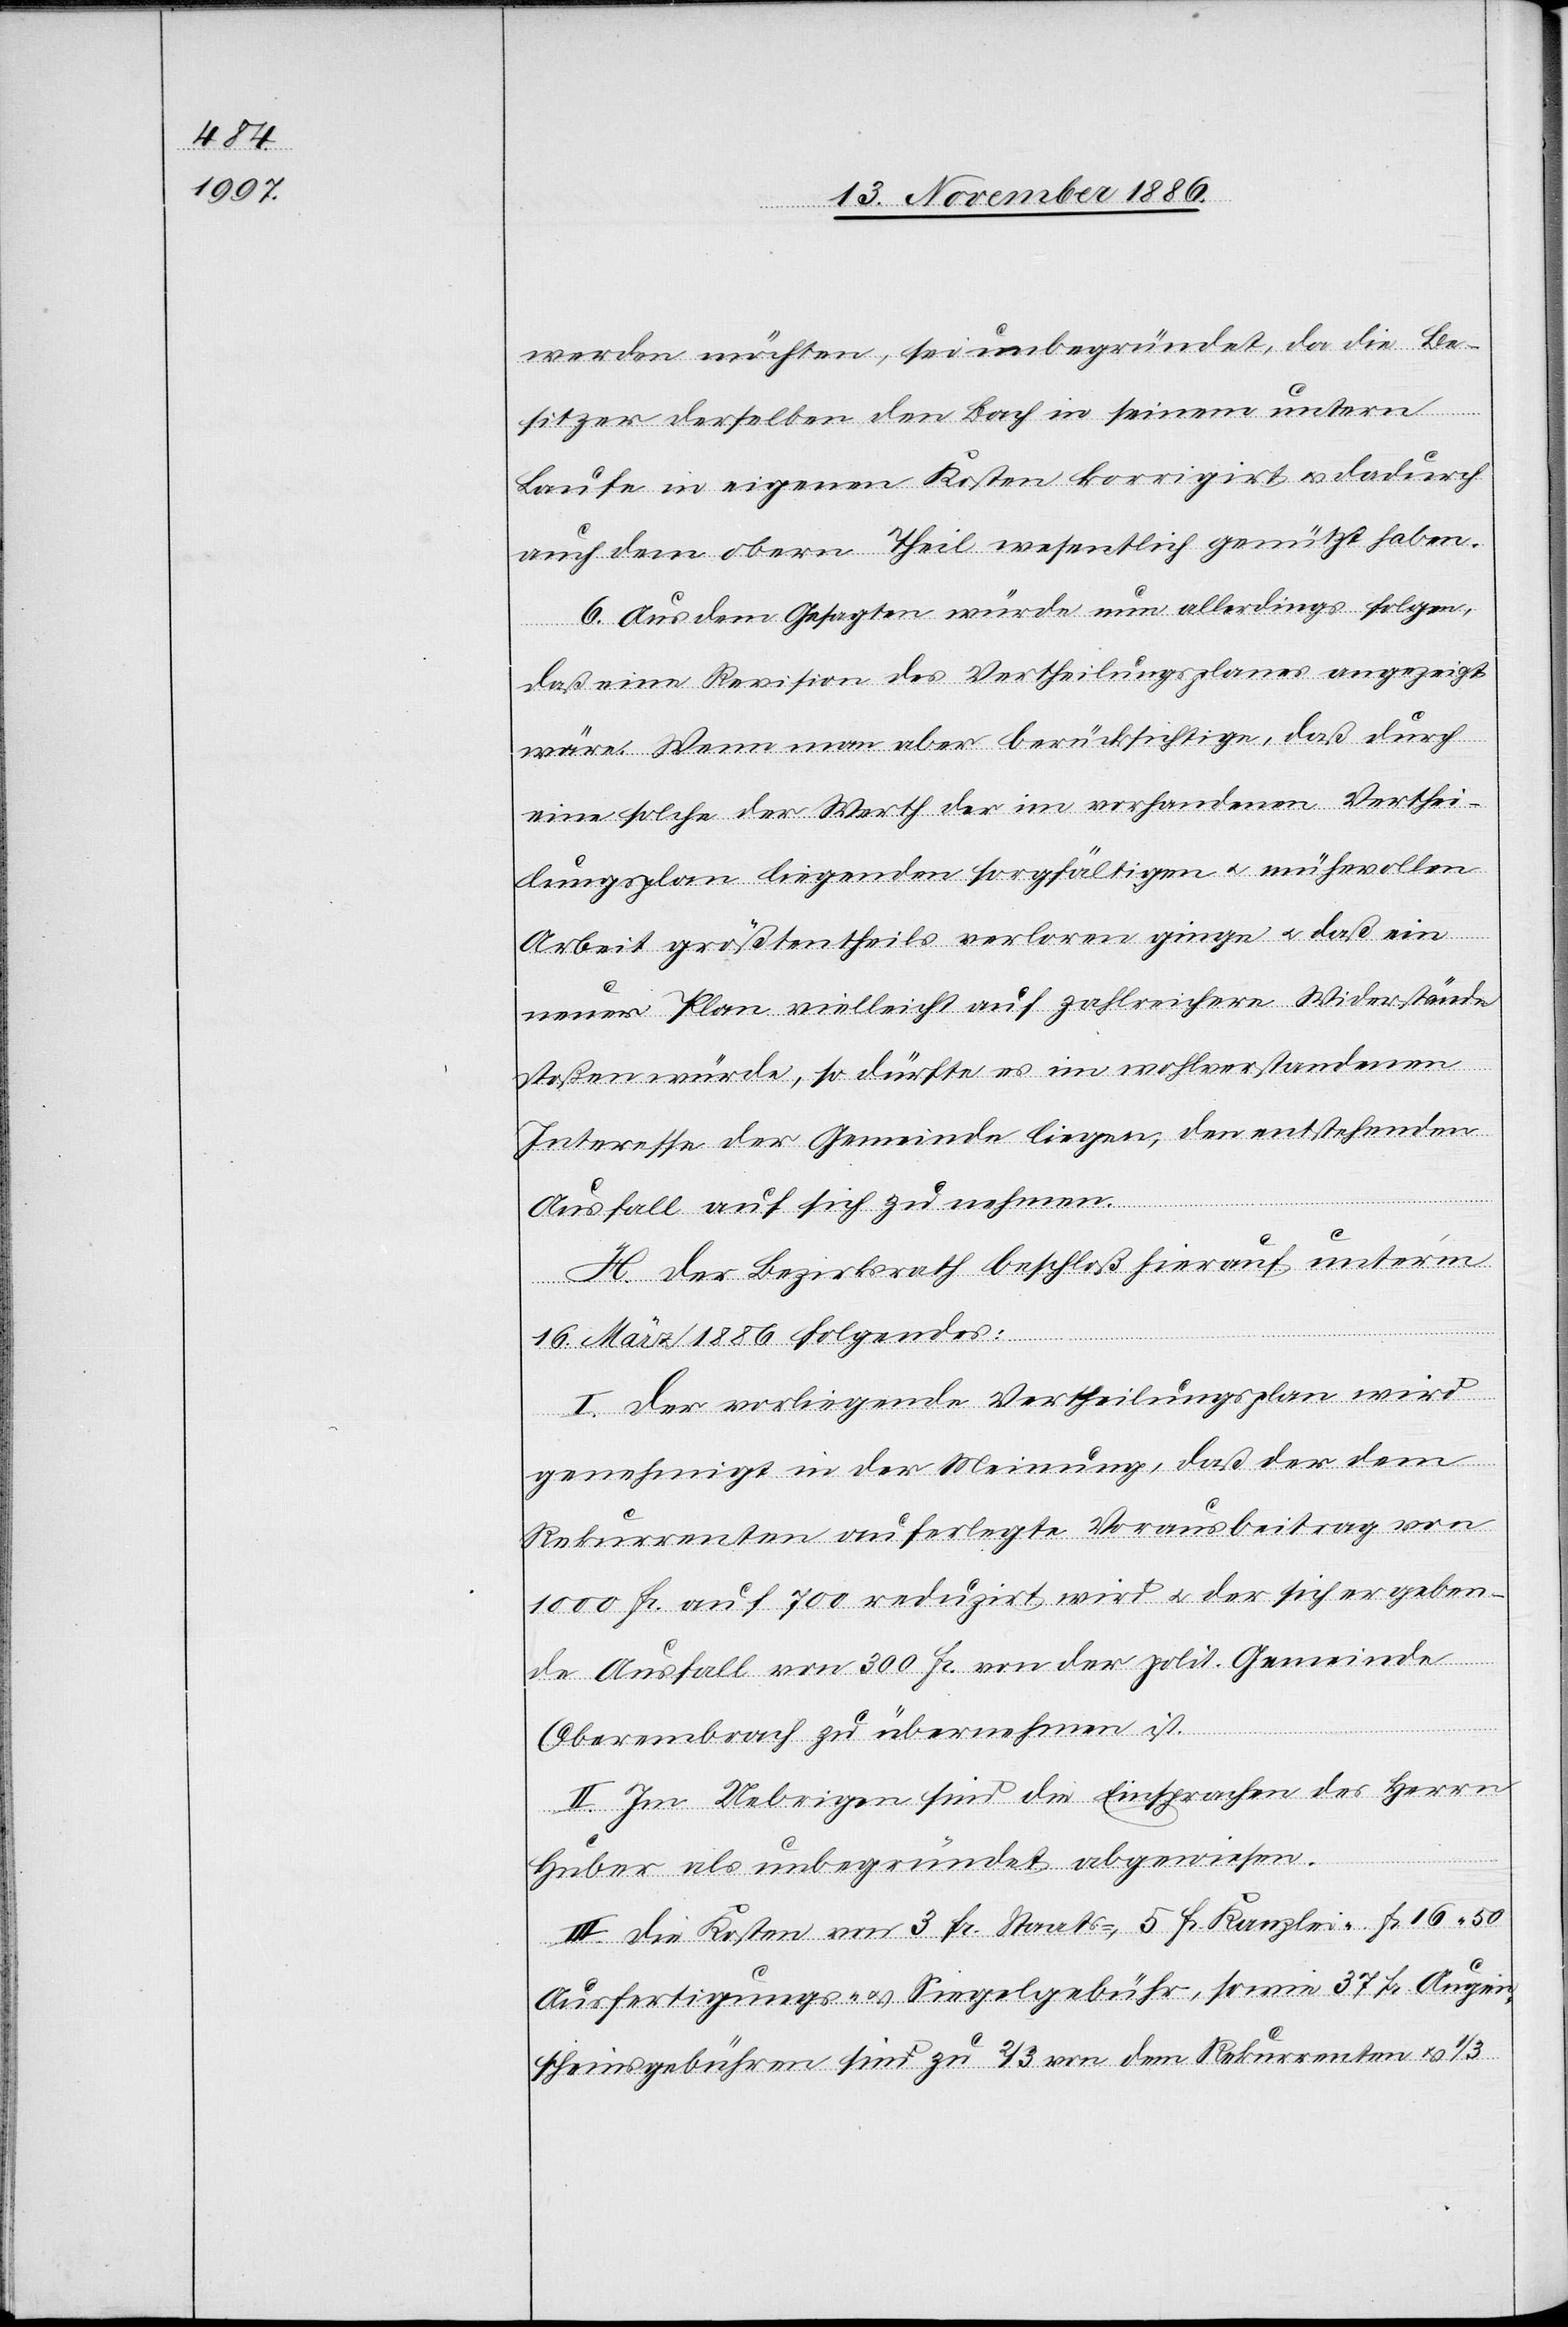
werden möchten, sei unbegründet, da die Be¬
sitzer derselben den Bach in seinem untern
Laufe in eigenen Kosten korrigirt & dadurch
auch dem obern Theil wesentlich genützt haben.
6. Aus dem Gesagten würde nun allerdings folgen,
daß eine Revision des Vertheilungsplanes angezeigt
wäre. Wenn man aber berücksichtige, daß durch
eine solche der Werth der im vorhandenen Verthei¬
lungsplan liegenden sorgfältigen & mühevollen
Arbeit größtentheils verloren ginge & daß ein
neuer Plan vielleicht auf zahlreichere Widerstände
stoßen würde, so dürfte es im wohlverstandenen
Interesse der Gemeinde liegen, den entstehenden
Ausfall auf sich zu nehmen.
H. Der Bezirksrath beschloß hierauf unter’m
16. März 1886 folgendes:
I. Der vorliegende Vertheilungsplan wird
genehmigt in der Meinung, daß der dem
Rekurrenten auferlegte Vorausbeitrag von
1000 Fr. auf 700 reduzirt wird & der sich ergeben¬
de Ausfall von 300 Fr. von der polit. Gemeinde
Oberembrach zu übernehmen ist.
II. Im Uebrigen sind die Einsprachen des Herrn
Huber als unbegründet abgewiesen.
III. Die Kosten von 3 Fr. Staats-, 5 Fr. Kanzlei- Fr. 16 50
Ausfertigungs- & Siegelgebühr, sowie 37 Fr. Augen¬
scheinsgebühren sind zu 2/3 von dem Rekurrenten & 1/3